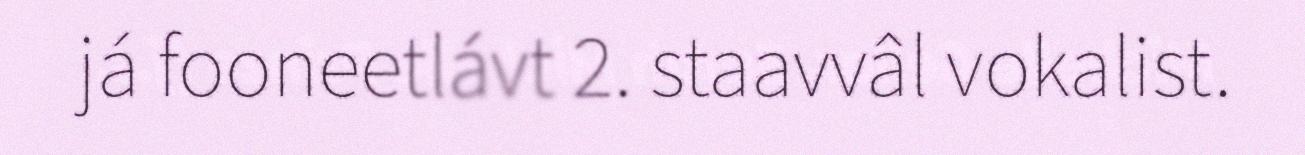
já fooneetlávt 2. staavvâl vokalist.